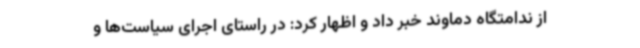
از ندامتگاه دماوند خبر داد و اظهار کرد: در راستای اجرای سیاست‌ها و